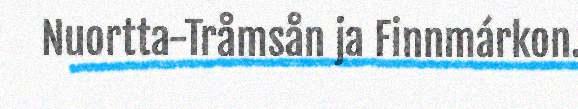
Nuortta-Tråmsån ja Finnmárkon.